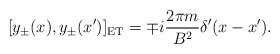
LaTeX: \begin{align*}[ y_\pm(x), y_\pm(x')]_{\rm ET} = \mp i {2 \pi m \over B^2}\delta ' (x - x').\end{align*}